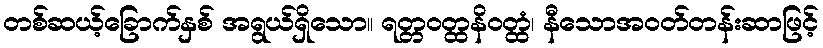
တစ်ဆယ့်ခြောက်နှစ် အရွယ်ရှိသော။ ရတ္တဝတ္ထနိဝတ္ထံ၊ နီသောအဝတ်တန်းဆာဖြင့်